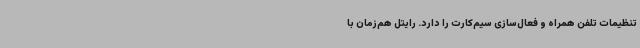
تنظیمات تلفن همراه و فعال‌سازی سیم‌کارت را دارد. رایتل هم‌زمان با